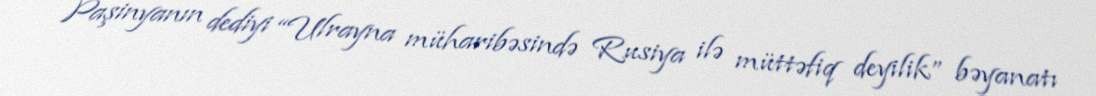
Paşinyanın dediyi “Ulrayna müharibəsində Rusiya ilə müttəfiq deyilik” bəyanatı